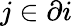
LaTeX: j\in\partial i